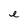
Character: e